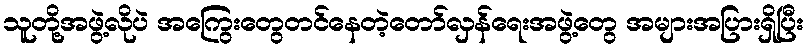
သူတို့အဖွဲ့လိုပဲ အကြွေးတွေတင်နေတဲ့တော်လှန်ရေးအဖွဲ့တွေ အများအပြားရှိပြီး